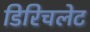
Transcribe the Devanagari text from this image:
डिरिचलेट